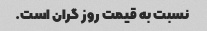
نسبت به قیمت روز گران است.